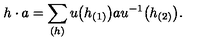
h \cdot a = \sum _ { ( h ) } u \big ( h _ { ( 1 ) } \big ) a u ^ { - 1 } \big ( h _ { ( 2 ) } \big ) .